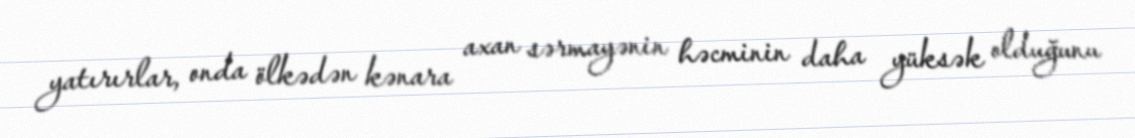
yatırırlar, onda ölkədən kənara axan sərmayənin həcminin daha yüksək olduğunu